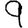
Digit: 9